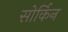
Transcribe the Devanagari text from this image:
सोर्किन